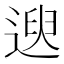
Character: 𫐯